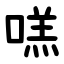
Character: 㗝